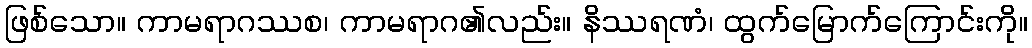
ဖြစ်သော။ ကာမရာဂဿစ၊ ကာမရာဂ၏လည်း။ နိဿရဏံ၊ ထွက်မြောက်ကြောင်းကို။